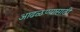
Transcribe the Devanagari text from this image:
आढळण्यासाठी